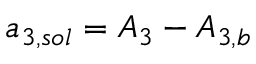
{ a _ { 3 , s o l } } = { A _ { 3 } } - { A _ { 3 , b } }